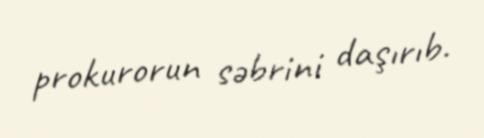
prokurorun səbrini daşırıb.